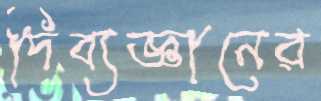
দিব্যজ্ঞানের